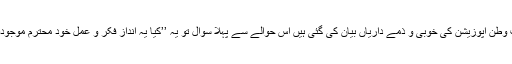
اس تحریر میں جو مہذب و محب وطن اپوزیشن کی خوبی و ذمے داریاں بیان کی گئی ہیں اس حوالے سے پہلا سوال تو یہ ’’کیا یہ انداز فکر و عمل خود محترم موجودہ وزیر اعظم کا ایجاد کردہ نہیں؟